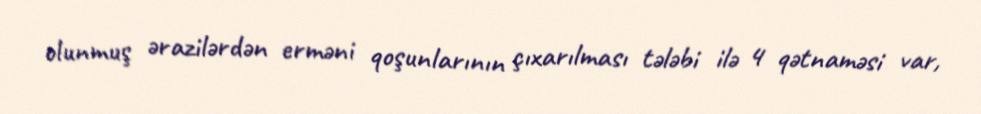
olunmuş ərazilərdən erməni qoşunlarının çıxarılması tələbi ilə 4 qətnaməsi var,